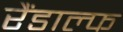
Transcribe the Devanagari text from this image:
रैंडाल्फ